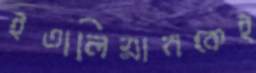
ইতালিয়ানকেই